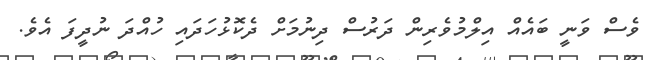
ވެސް ވަނީ ބައެއް އިލްމުވެރިން ދަރުސް ދިނުމަށް ދެކޮޅުހަދައި ހުއްދަ ނުދީފަ އެވެ.